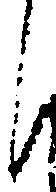
し